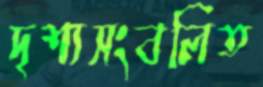
দৃশ্যসংবলিত